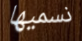
نسميها